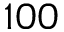
1 0 0